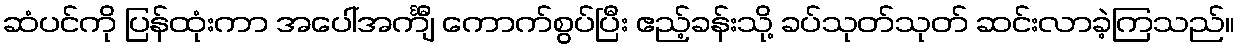
ဆံပင်ကို ပြန်ထုံးကာ အပေါ်အင်္ကျီ ကောက်စွပ်ပြီး ဧည့်ခန်းသို့ ခပ်သုတ်သုတ် ဆင်းလာခဲ့ကြသည်။